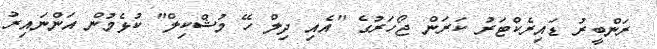
ރަންބީރު ޑައިރެކްޓަރު ކަރަން ޖޯހަރުގެ "އެއި ދިލް ހޭ މުޝްކިލް" ކުޅެމުން އަންނަައިރު